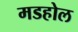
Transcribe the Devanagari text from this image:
मडहोल